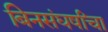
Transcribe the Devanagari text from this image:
बिनसंघर्षांचा